Burma Government Medical School reports 1923-41
Year: 1923
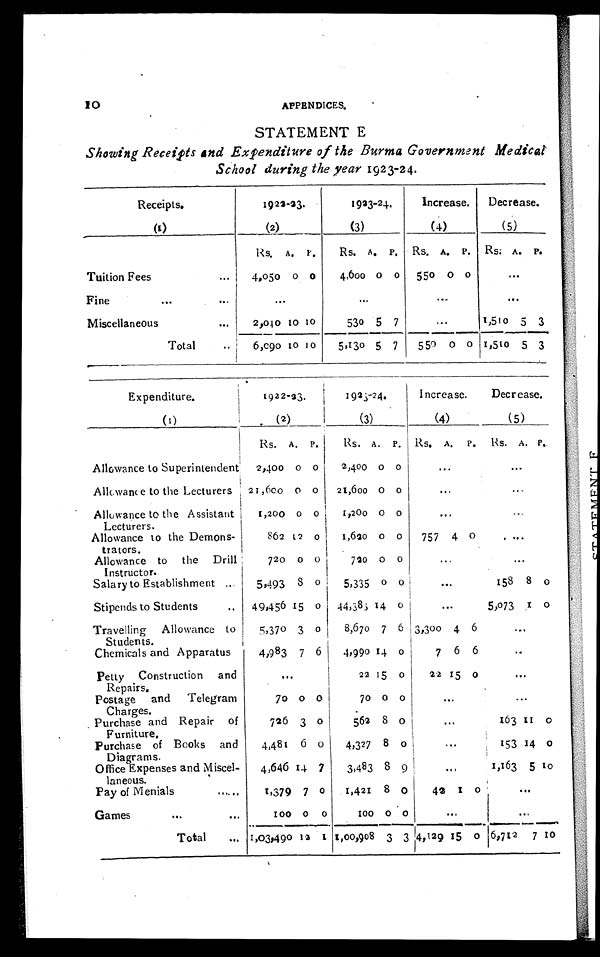
10
APPENDICES.
STATEMENT E
Showing Receipts and Expenditure of the Burma Government Medical
School during the year 1923-24.
Receipts.
1922-23.
1923-24.
Increase.
Decrease.
(1)
(2)
(3)
(4)
(5)
Rs.
A.
P .
Rs. A. P. Rs. A. P. RS. A. P.
Tuition Fees
...
4,050 0 0
4,600 0 0
550 0 0
. . .
Fine
...
. . .
...
...
. . .
. . .
Miscellaneous
. . .
2,040 10 10
530 5
7
. . .
1,510 5 3
Total
..
6,090 10 1 0
5,130 5 7
550
0
0
1,510 5 3
Expenditure.
1922-23.
1923-24.
Increase.
Decrease.
(1)
(2)
( 3 )
(4)
(5)
Rs. A. P.
Rs. A. P. Rs. A. P. Rs. A. P.
Allowance to Superintendent
2,400 0 0
2,400 0 0
...
...
Allowance to the Lecturers
21,600 0 0
21,600 0 0
...
...
Allowance to the Assistant
Lecturers.
1,200 0 0
1,200 0 0
...
...
Allowance to the Demons-
trators.
862 12 0
1,620 0 0
757 4 0
...
Allowance to the Drill
Instructor.
720 0 0
720 0 0
...
...
Salary to Establishment ...
5,493
8 0
5,335
0 0
...
158 8
0
Stipends to Students
..
49,456 15 0
44,383 14 0
...
5,073
1
0
Travelling
Allowance to
Students.
5,370 3 0
8,670 7 6 3,300 4 6
...
Chemicals and Apparatus
4,983 7 6
4,990 14 0
7 6 6
. ..
Petty Construction
and
Repairs.
. . .
22 15 0
22 15 0
...
Postage
and
Telegram
Charges.
70
0 0
70 0 0
...
...
Purchase and Repair o
f
Furniture.
726 3 0
562 8 0
...
163 11
0
Purchase of Books and
Diagrams.
4,481 6 0
4,327 8 0
...
153 14 0
Office Expenses and Miscel-
laneous.
4,646 14 7
3,483
8 9
...
1,163 5
1 0
Pay of Menials ...
1,379 7 0
1,421 8 0
42 1
0
...
Games
...
...
100 0 0
100 0 0
...
...
Total
... 1,03,490 12
1 1,00,908 3 3 4,129 15 0 6,712
7 10